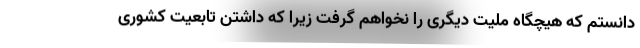
‌دانستم که هیچگاه ملیت دیگری را نخواهم گرفت زیرا که داشتن تابعیت کشوری